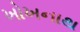
ખોખનાથ